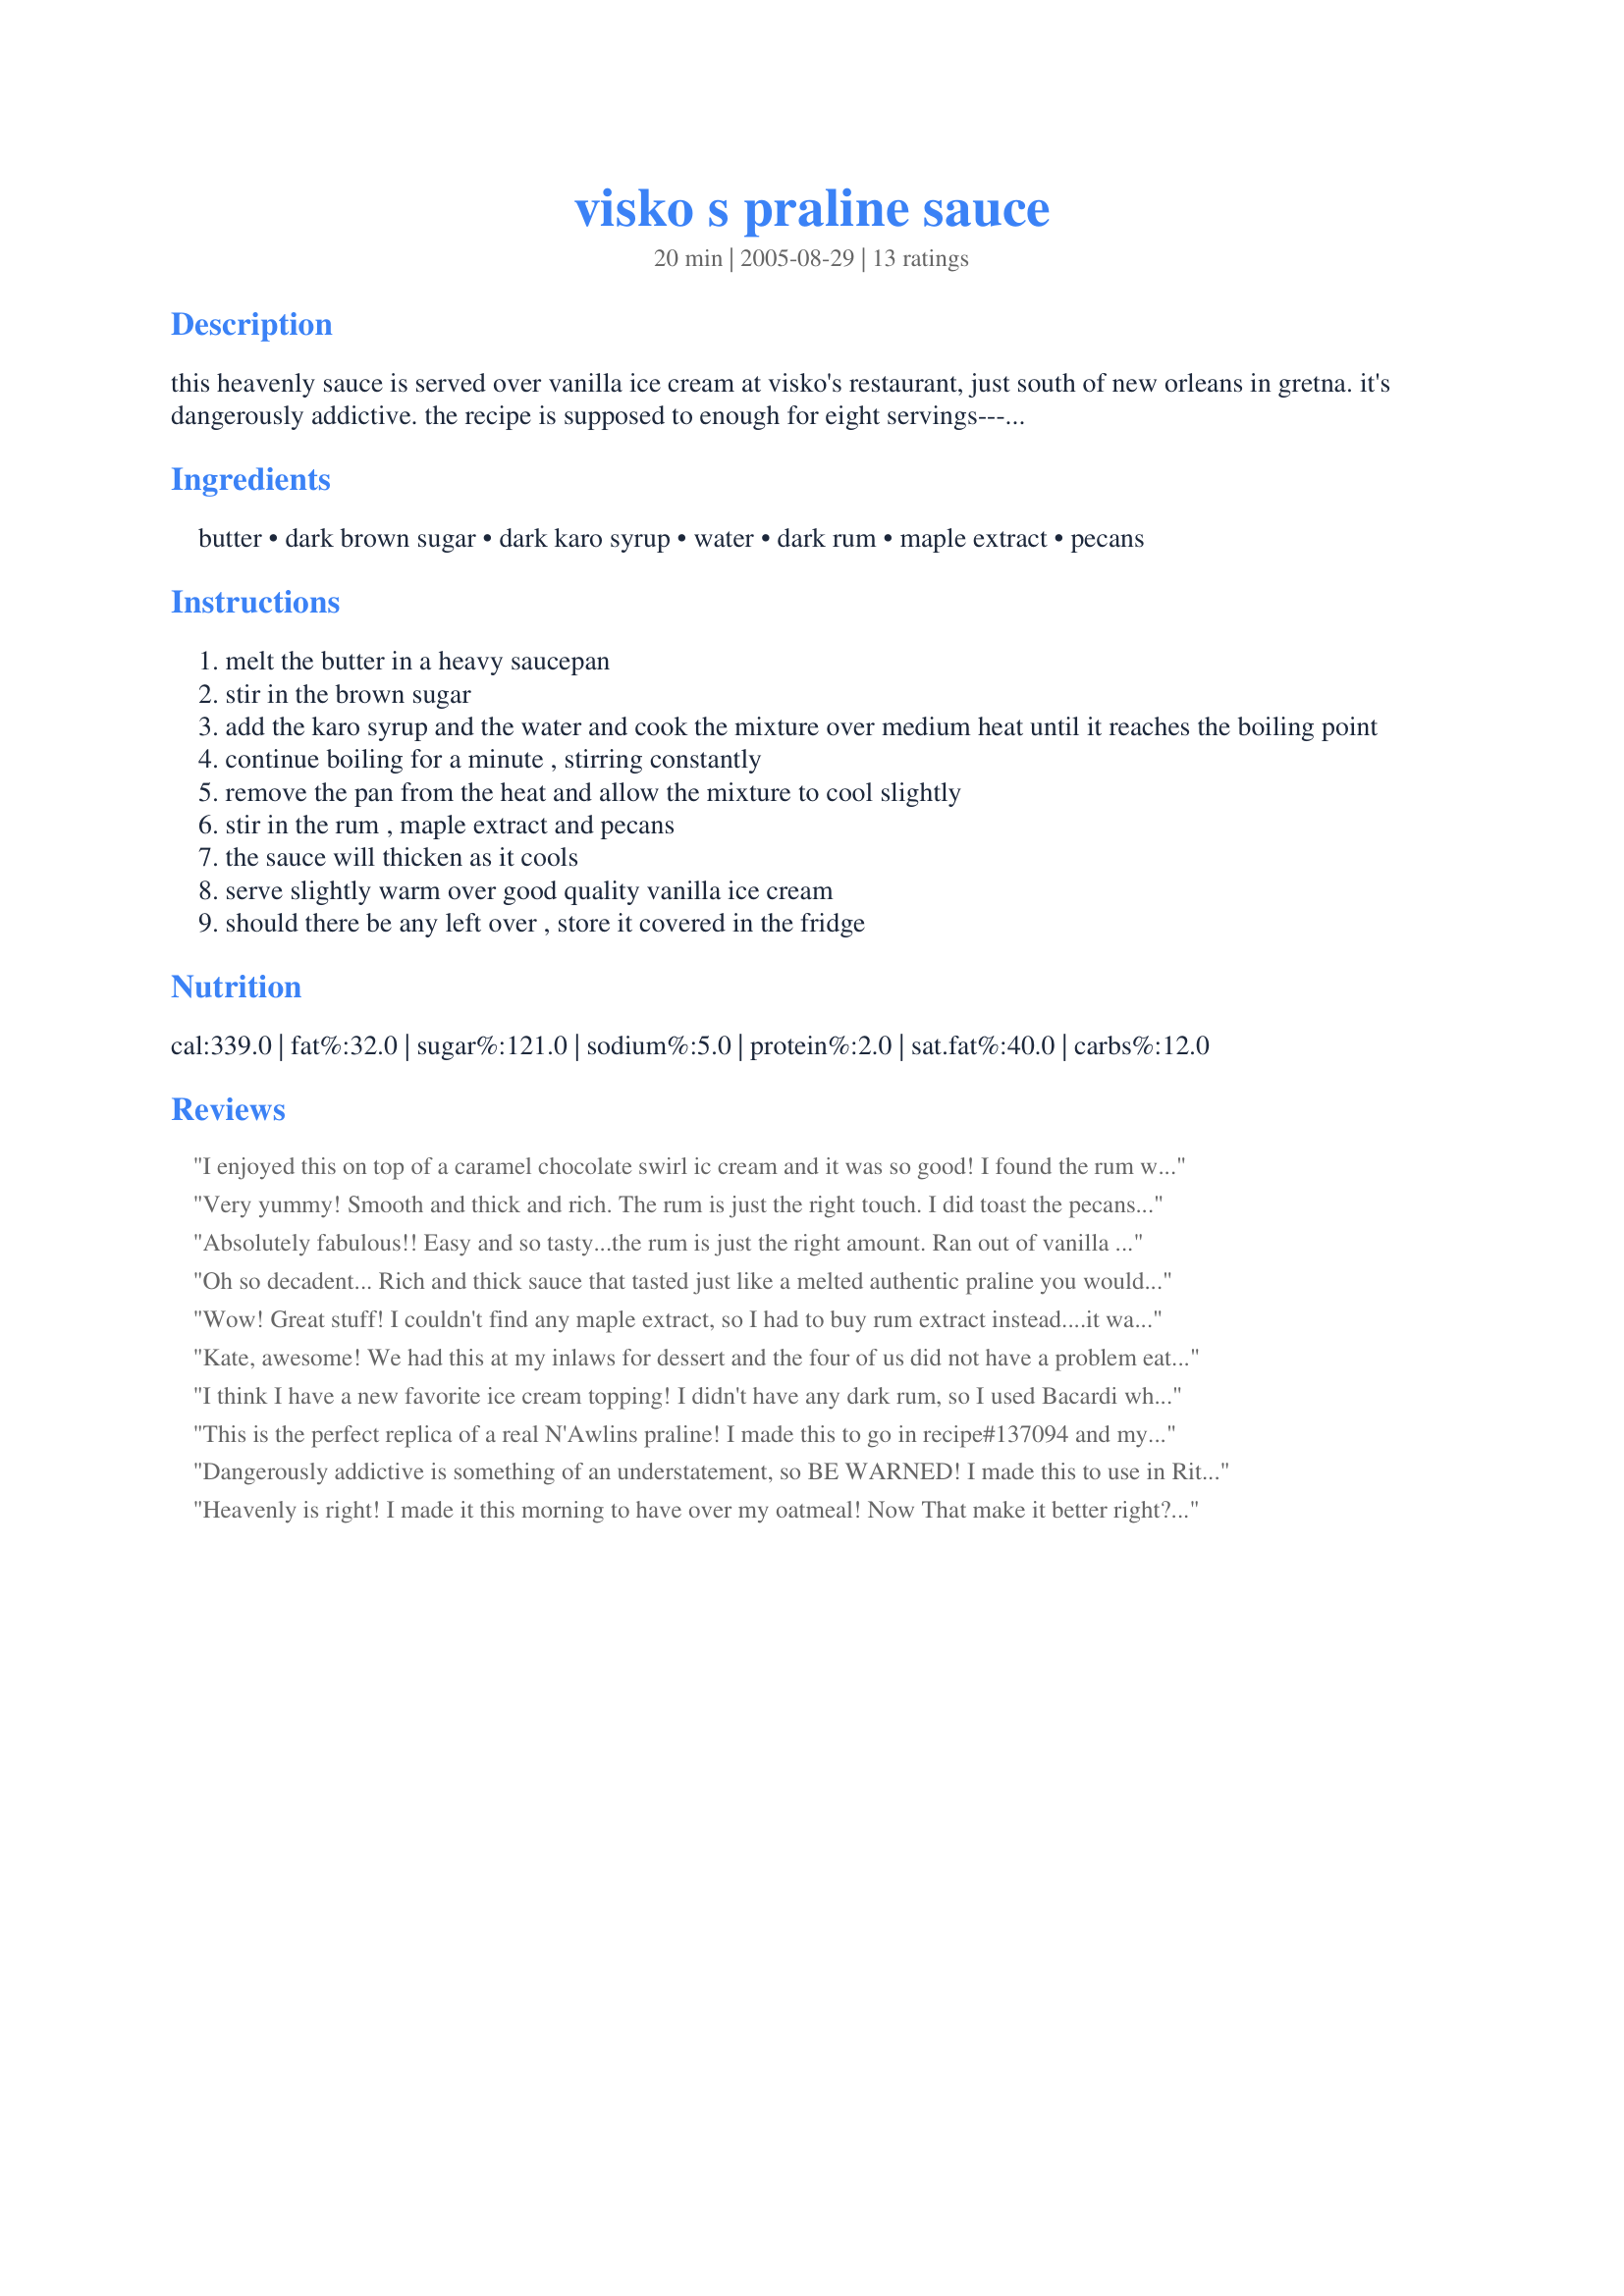
visko s praline sauce
Preparation time: 20 minutes

this heavenly sauce is served over vanilla ice cream at visko's restaurant, just south of new orleans in gretna. it's dangerously addictive. the recipe is supposed to enough for eight servings---i've seen 4 people make it disappear with no trouble at all. prep time does not include cooling time.

Ingredients:
butter, dark brown sugar, dark karo syrup, water, dark rum, maple extract, pecans

Steps:
melt the butter in a heavy saucepan
stir in the brown sugar
add the karo syrup and the water and cook the mixture over medium heat until it reaches the boiling point
continue boiling for a minute , stirring constantly
remove the pan from the heat and allow the mixture to cool slightly
stir in the rum , maple extract and pecans
the sauce will thicken as it cools
serve slightly warm over good quality vanilla ice cream
should there be any left over , store it covered in the fridge

Reviews:
I enjoyed this on top of a caramel chocolate swirl ic cream and it was so good! I found the rum was not overpowering.
Very yummy! Smooth and thick and rich. The rum is just the right touch. I did toast the pecans first in a dry skillet and served with you Recipe #135912 (talk about excess - we also had the raspberry sauce). Kate, we love your recipes!
Absolutely fabulous!! Easy and so tasty...the rum is just the right amount. Ran out of vanilla ice cream so served it over Cappucino Caramel ice cream...I agree with bluemoon...to die for!
Oh so decadent... Rich and thick sauce that tasted just like a melted authentic praline you would find in New Orleans. I did not have any dark rum so I substituted some spiced rum. I made this just to use in Recipe #137094... but I think I am going to have to get some ice cream just to pour this over and indulge!!! Thanks for posting such an easy and delicious dessert sauce!
Wow! Great stuff! I couldn't find any maple extract, so I had to buy rum extract instead....it was to DIE for! Try putting it on recipe #17752 Aunt Emma's bread pudding!
Kate, awesome! We had this at my inlaws for dessert and the four of us did not have a problem eating it all! We had french vanilla and butter pecan ice cream, terrific on both!!
I think I have a new favorite ice cream topping! I didn't have any dark rum, so I used Bacardi white rum. I left the pecans on the side, because Gram can't eat nuts. All I want to know is, how does anyone get this to stretch for 8 servings?!? I seriously considered using a straw with this stuff! Thanks for posting!
This is the perfect replica of a real N'Awlins praline! I made this to go in recipe#137094 and my DD ate it on vanilla ice cream. DELISH!! I will be making this from now on. Thank you-
Dangerously addictive is something of an understatement, so BE WARNED! I made this to use in Rita L’s Praline Ice Coffee Recipe #137094 and there was some left to try on ice cream. Heavenly in the iced coffee and on the ice cream. With Christmas coming up, this would be just such a scrumptious alternative dessert, over ice cream, for those – like me – who have never liked Christmas pudding. Be warned, be bold: but do try this recipe! Dark and delicious. I don’t usually use the expression, but it truly is to die for! Ah that there are only 5 stars available. This is a 5+++ Thank you, Kate!
Heavenly is right! I made it this morning to have over my oatmeal! Now That make it better right? I really don`t feel guilty eating this wonderful sauce. I used coconut rum. Thanks I can`t wait to buy some ice cream!
I served this sauce with vanilla ice cream for a wonderful dessert tonight. Fantastic flavor and very rich tasting. Made for ZWTIII
I spread that awesomly delicious sauce over 5 dishes of Edy's Grand Vanilla! We scoffed this up like we'd never had ice cream before nor would ever have it again. i actually felt like a kid again I so enjoyed this. TFS Made this for ZWT3
Rita L you are an angel! Now I can eat my oatmeal with a more cheerful face! Absolutely divine!
